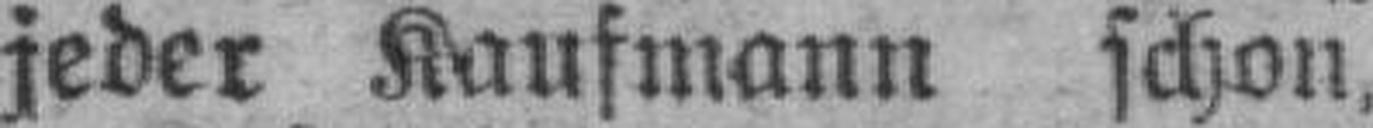
jeder Kaufmann schon